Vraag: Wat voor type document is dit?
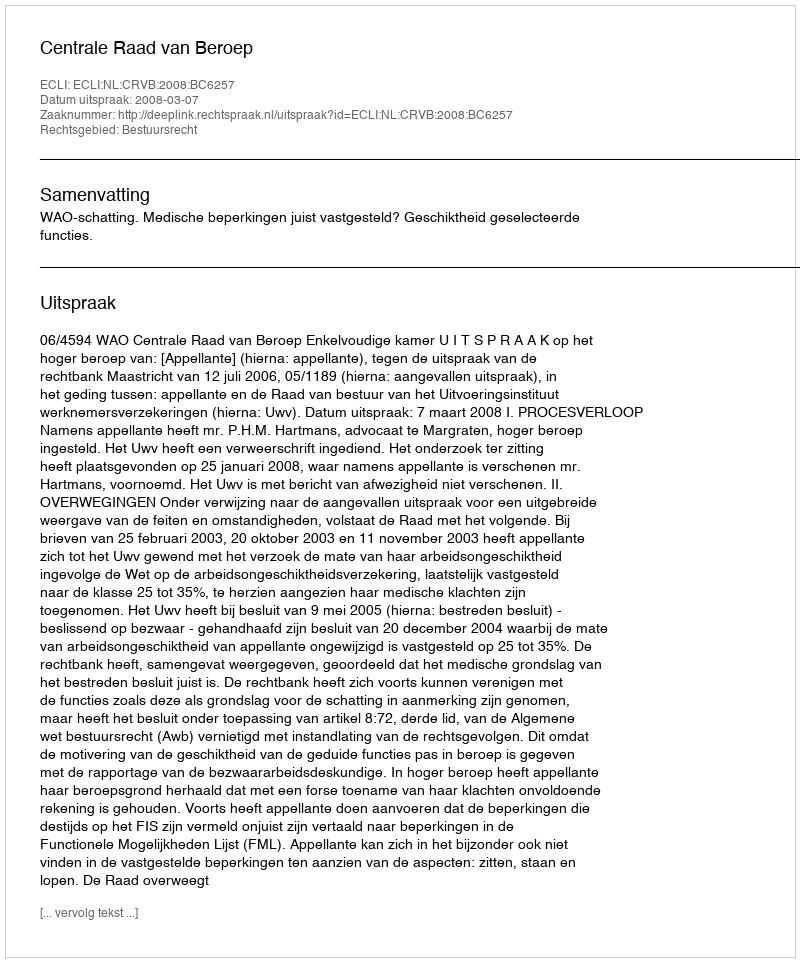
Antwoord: Uitspraak